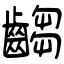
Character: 齺